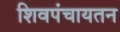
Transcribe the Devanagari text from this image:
शिवपंचायतन